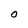
Character: O